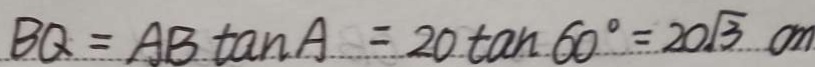
B Q = A B \tan A = 2 0 \tan 6 0 ^ { \circ } = 2 0 \sqrt { 3 } c m